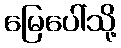
မြေပေါ်သို့